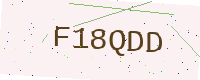
Text: F18QDD